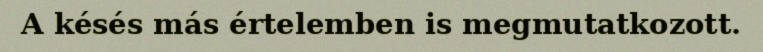
A késés más értelemben is megmutatkozott.